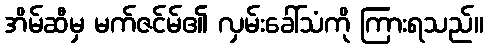
အိမ်ဆီမှ မက်ဇင်မ်၏ လှမ်းခေါ်သံကို ကြားရသည်။